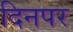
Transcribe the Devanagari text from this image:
दिनपर